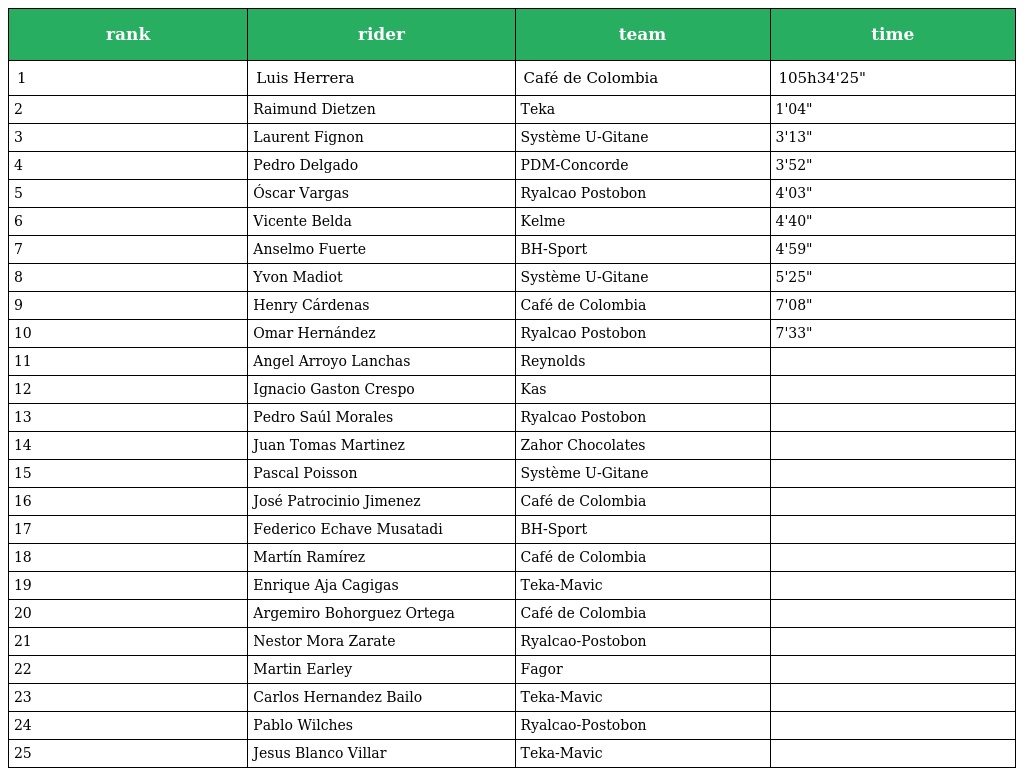
| rank | rider | team | time |
 | --- | --- | --- | --- |
 | 1 | Luis Herrera | Café de Colombia | 105h34'25" |
 | 2 | Raimund Dietzen | Teka | 1'04" |
 | 3 | Laurent Fignon | Système U-Gitane | 3'13" |
 | 4 | Pedro Delgado | PDM-Concorde | 3'52" |
 | 5 | Óscar Vargas | Ryalcao Postobon | 4'03" |
 | 6 | Vicente Belda | Kelme | 4'40" |
 | 7 | Anselmo Fuerte | BH-Sport | 4'59" |
 | 8 | Yvon Madiot | Système U-Gitane | 5'25" |
 | 9 | Henry Cárdenas | Café de Colombia | 7'08" |
 | 10 | Omar Hernández | Ryalcao Postobon | 7'33" |
 | 11 | Angel Arroyo Lanchas | Reynolds |  |
 | 12 | Ignacio Gaston Crespo | Kas |  |
 | 13 | Pedro Saúl Morales | Ryalcao Postobon |  |
 | 14 | Juan Tomas Martinez | Zahor Chocolates |  |
 | 15 | Pascal Poisson | Système U-Gitane |  |
 | 16 | José Patrocinio Jimenez | Café de Colombia |  |
 | 17 | Federico Echave Musatadi | BH-Sport |  |
 | 18 | Martín Ramírez | Café de Colombia |  |
 | 19 | Enrique Aja Cagigas | Teka-Mavic |  |
 | 20 | Argemiro Bohorguez Ortega | Café de Colombia |  |
 | 21 | Nestor Mora Zarate | Ryalcao-Postobon |  |
 | 22 | Martin Earley | Fagor |  |
 | 23 | Carlos Hernandez Bailo | Teka-Mavic |  |
 | 24 | Pablo Wilches | Ryalcao-Postobon |  |
 | 25 | Jesus Blanco Villar | Teka-Mavic |  |